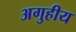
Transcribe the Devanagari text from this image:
अगुहीय